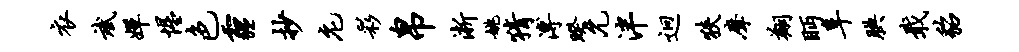
衣斌婵惺色霾抄庀彩帛淅姚猜溥睽允泮迥狭摩翔眄阜腆戢貂